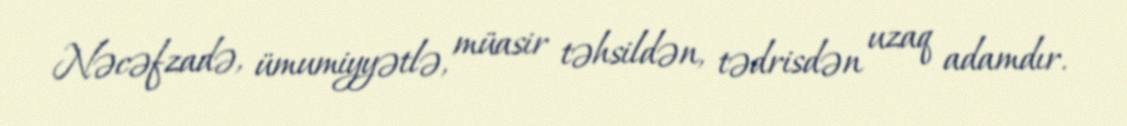
Nəcəfzadə, ümumiyyətlə, müasir təhsildən, tədrisdən uzaq adamdır.